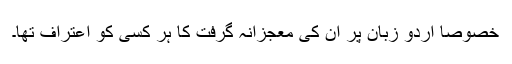
خصوصاً اُردو زبان پر ان کی معجزانہ گرفت کا ہر کسی کو اعتراف تھا۔